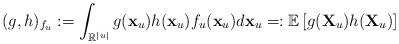
LaTeX: \begin{align*}(g,h)_{f_{u}}:=\int_{\mathbb{R}^{|u|}}g(\mathbf{x}_{u})h(\mathbf{x}_{u})f_{u}(\mathbf{x}_{u})d\mathbf{x}_{u}=:\mathbb{E}\left[g(\mathbf{X}_{u})h(\mathbf{X}_{u})\right]\end{align*}